Alma_Vaarman, lk 18
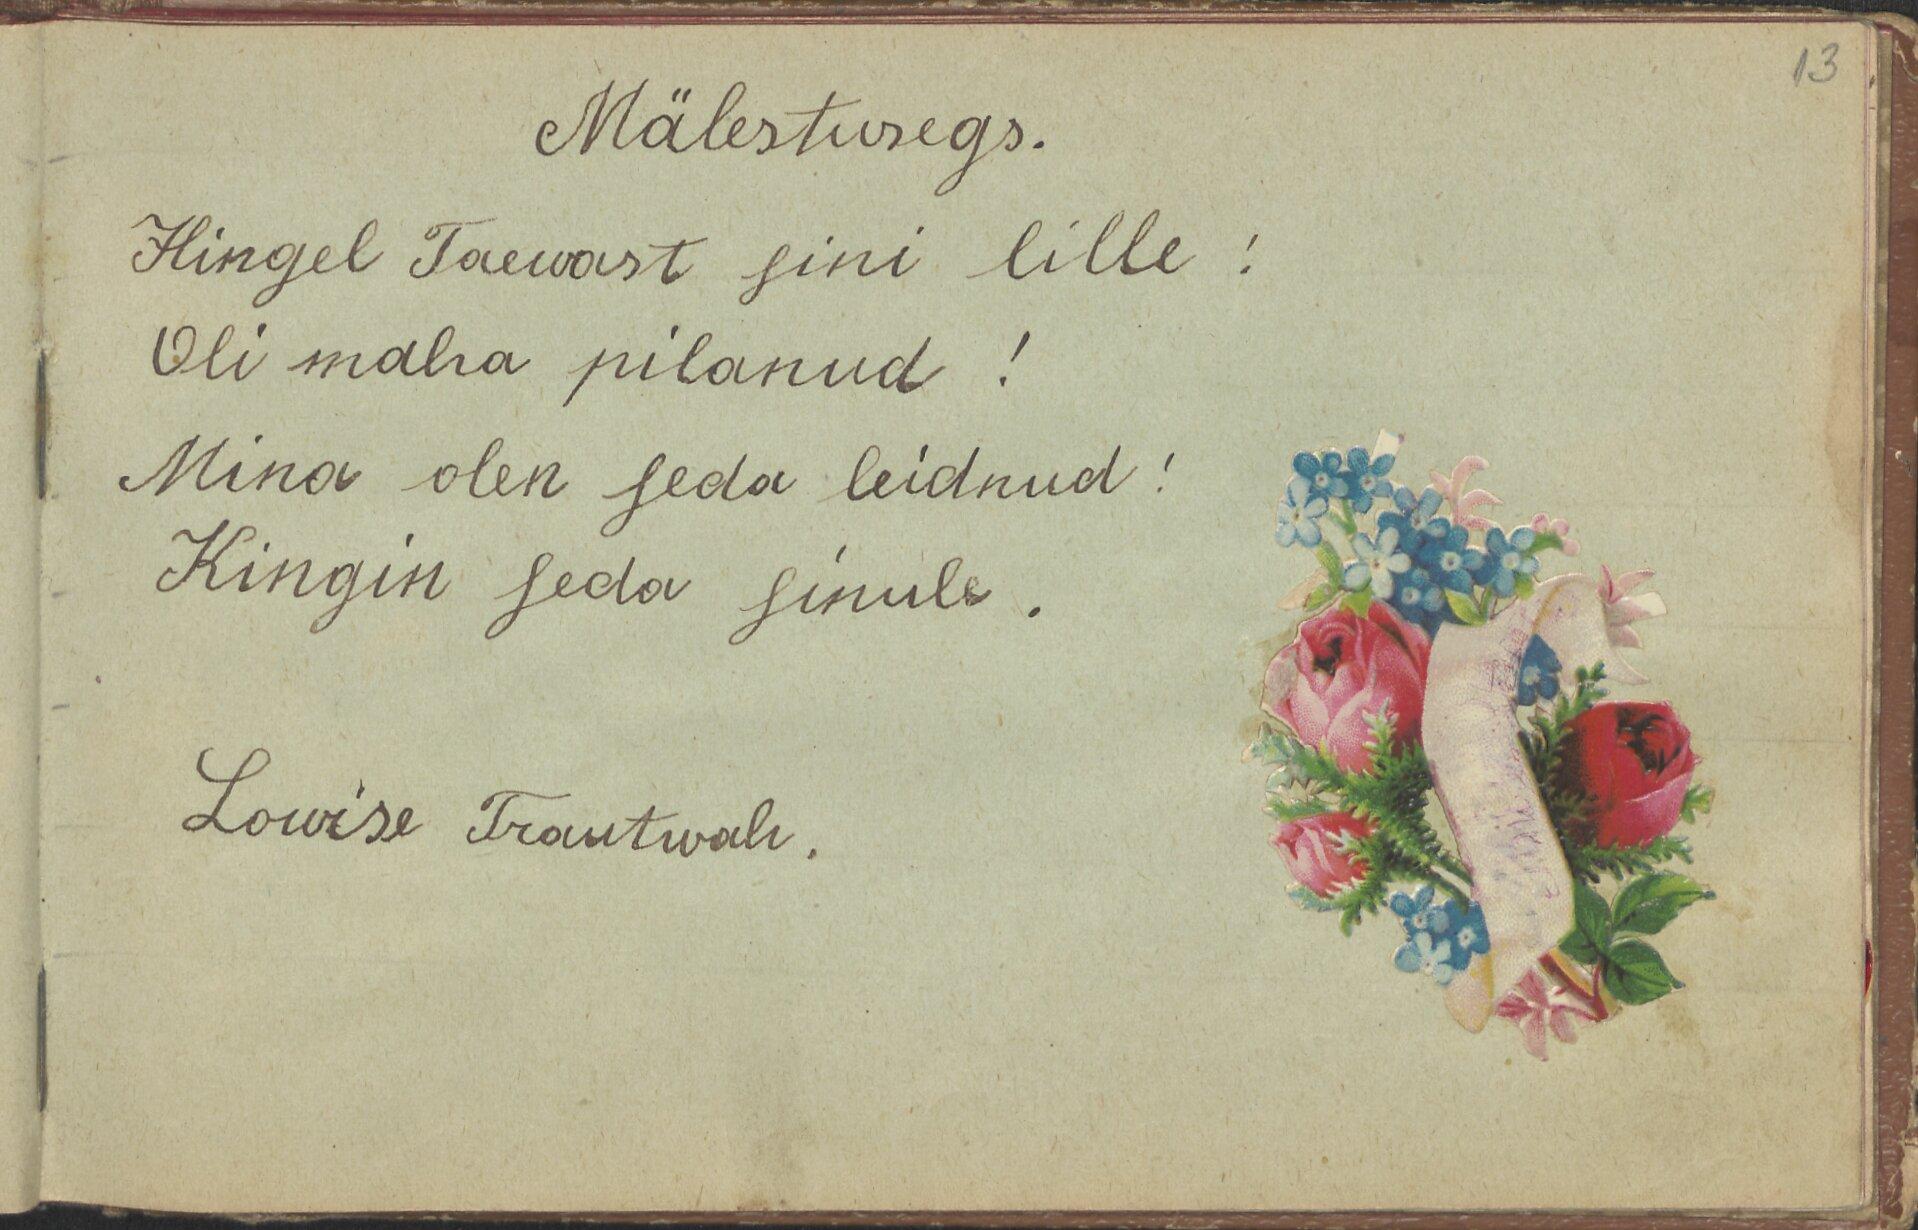
13

Mälestusegs.
Hingel Taewast sini lille!
Oli maha pilanud!
Mina olen seda leidnud!
Kingin seda sinule.
Lowise Trautwah.